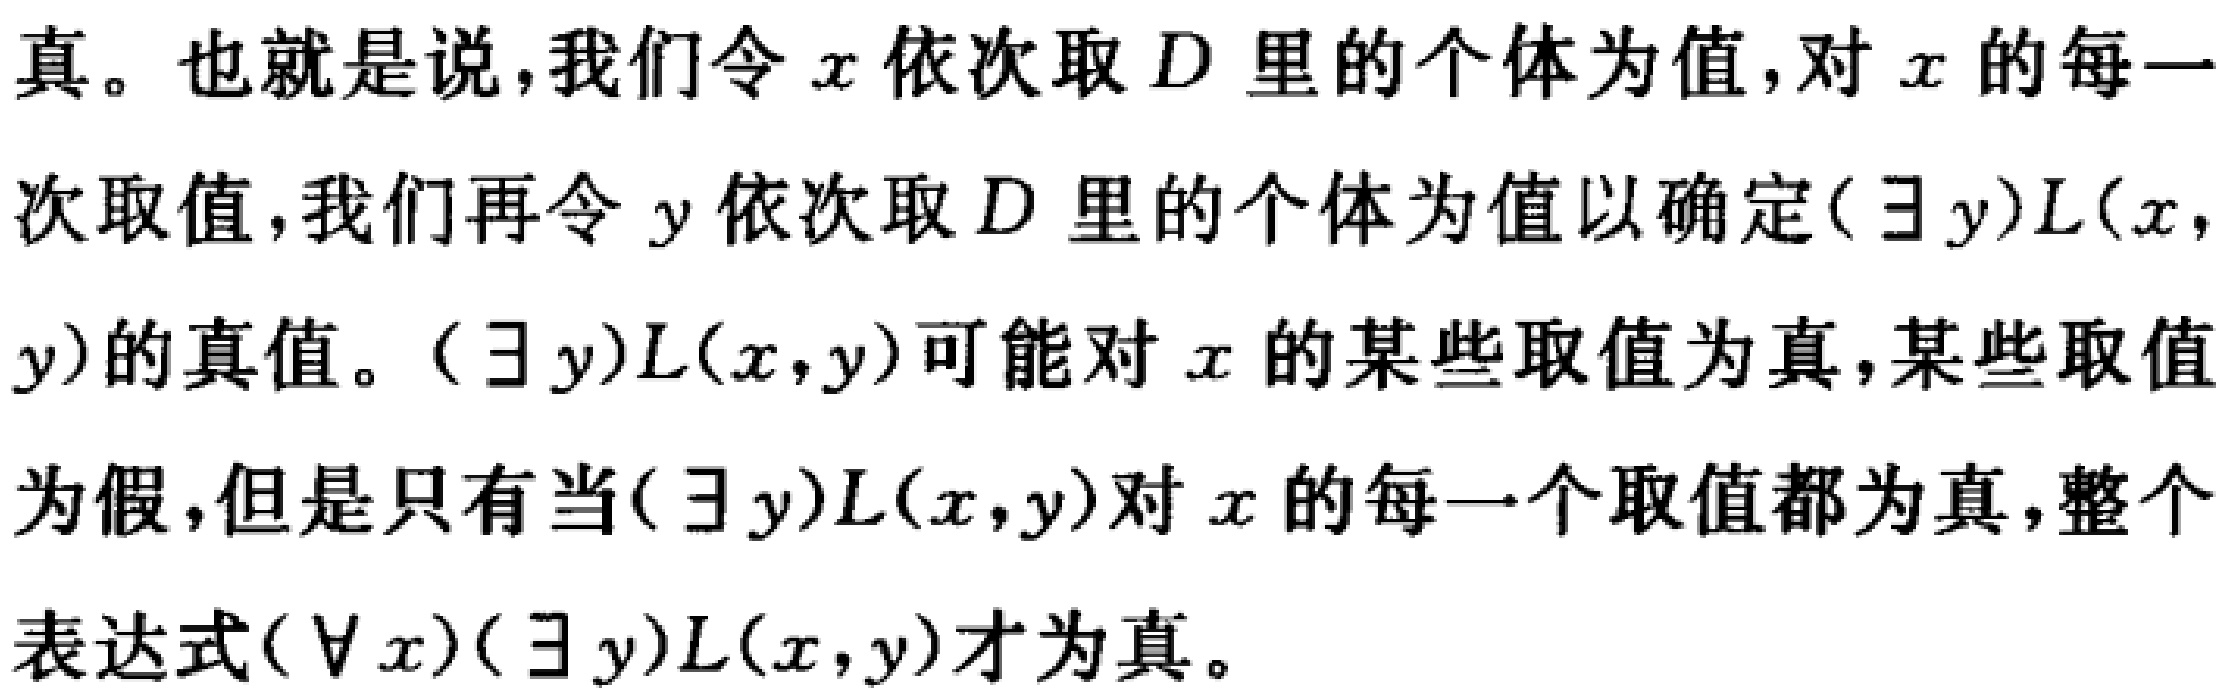
真。也就是说，我们令\(x\)依次取\(D\)里的个体为值,对\(x\)的每一
次取值，我们再令\(y\)依次取\(D\)里的个体为值以确定\((\exists y)L(x,\)
\(y)\)的真值。\((\exists y)L(x,y)\)可能对\(x\)的某些取值为真，某些取值
为假，但是只有当\((\exists y)L(x,y)\)对\(x\)的每一个取值都为真，整个
表达式\((\forall x)(\exists y)L(x,y)\)才为真。